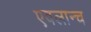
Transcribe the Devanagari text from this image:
एवलान्च